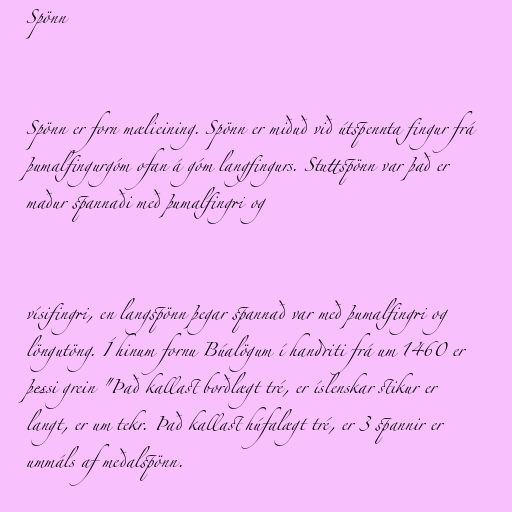
Spönn

Spönn er forn mælieining. Spönn er miðuð við útspennta fingur frá
þumalfingurgóm ofan á góm langfingurs. Stuttspönn var það er
maður spannaði með þumalfingri og

vísifingri, en langspönn þegar spannað var með þumalfingri og
löngutöng. Í hinum fornu Búalögum í handriti frá um 1460 er
þessi grein "Það kallast borðlægt tré, er íslenskar stikur er
langt, er um tekr. Það kallast húfalægt tré, er 3 spannir er
ummáls af meðalspönn.